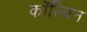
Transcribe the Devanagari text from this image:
काॅल्विन